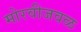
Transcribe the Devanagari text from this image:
मोरवीजवळ